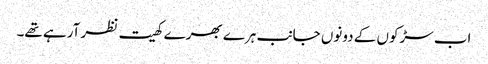
اب سڑکوں کے دونوں جانب ہرے بھرے کھیت نظر آرہے تھے۔